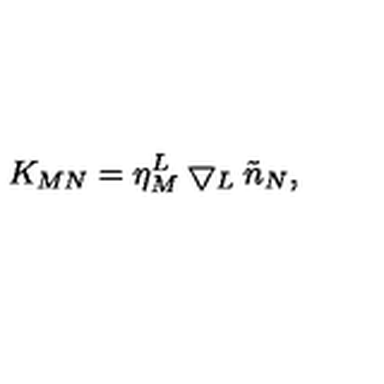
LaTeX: K _ { M N } = \eta _ { M } ^ { L } \bigtriangledown _ { L } \tilde { n } _ { N } ,